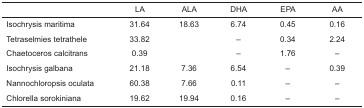
<table><thead><tr><td>[EMPTY_CELL]</td><td><b>LA</b></td><td><b>ALA</b></td><td><b>DHA</b></td><td><b>EPA</b></td><td><b>AA</b></td></tr></thead><tbody><tr><td>Isochrysis maritima</td><td>31.64</td><td>18.63</td><td>6.74</td><td>0.45</td><td>0.16</td></tr><tr><td>Tetraselmies tetrathele</td><td>33.82</td><td>[EMPTY_CELL]</td><td>–</td><td>0.34</td><td>2.24</td></tr><tr><td>Chaetoceros calcitrans</td><td>0.39</td><td>[EMPTY_CELL]</td><td>–</td><td>1.76</td><td>–</td></tr><tr><td>Isochrysis galbana</td><td>21.18</td><td>7.36</td><td>6.54</td><td>–</td><td>0.39</td></tr><tr><td>Nannochloropsis oculata</td><td>60.38</td><td>7.66</td><td>0.11</td><td>–</td><td>–</td></tr><tr><td>Chlorella sorokiniana</td><td>19.62</td><td>19.94</td><td>0.16</td><td>–</td><td>–</td></tr></tbody></table>